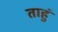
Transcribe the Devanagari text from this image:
ताहुं